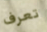
تعرف